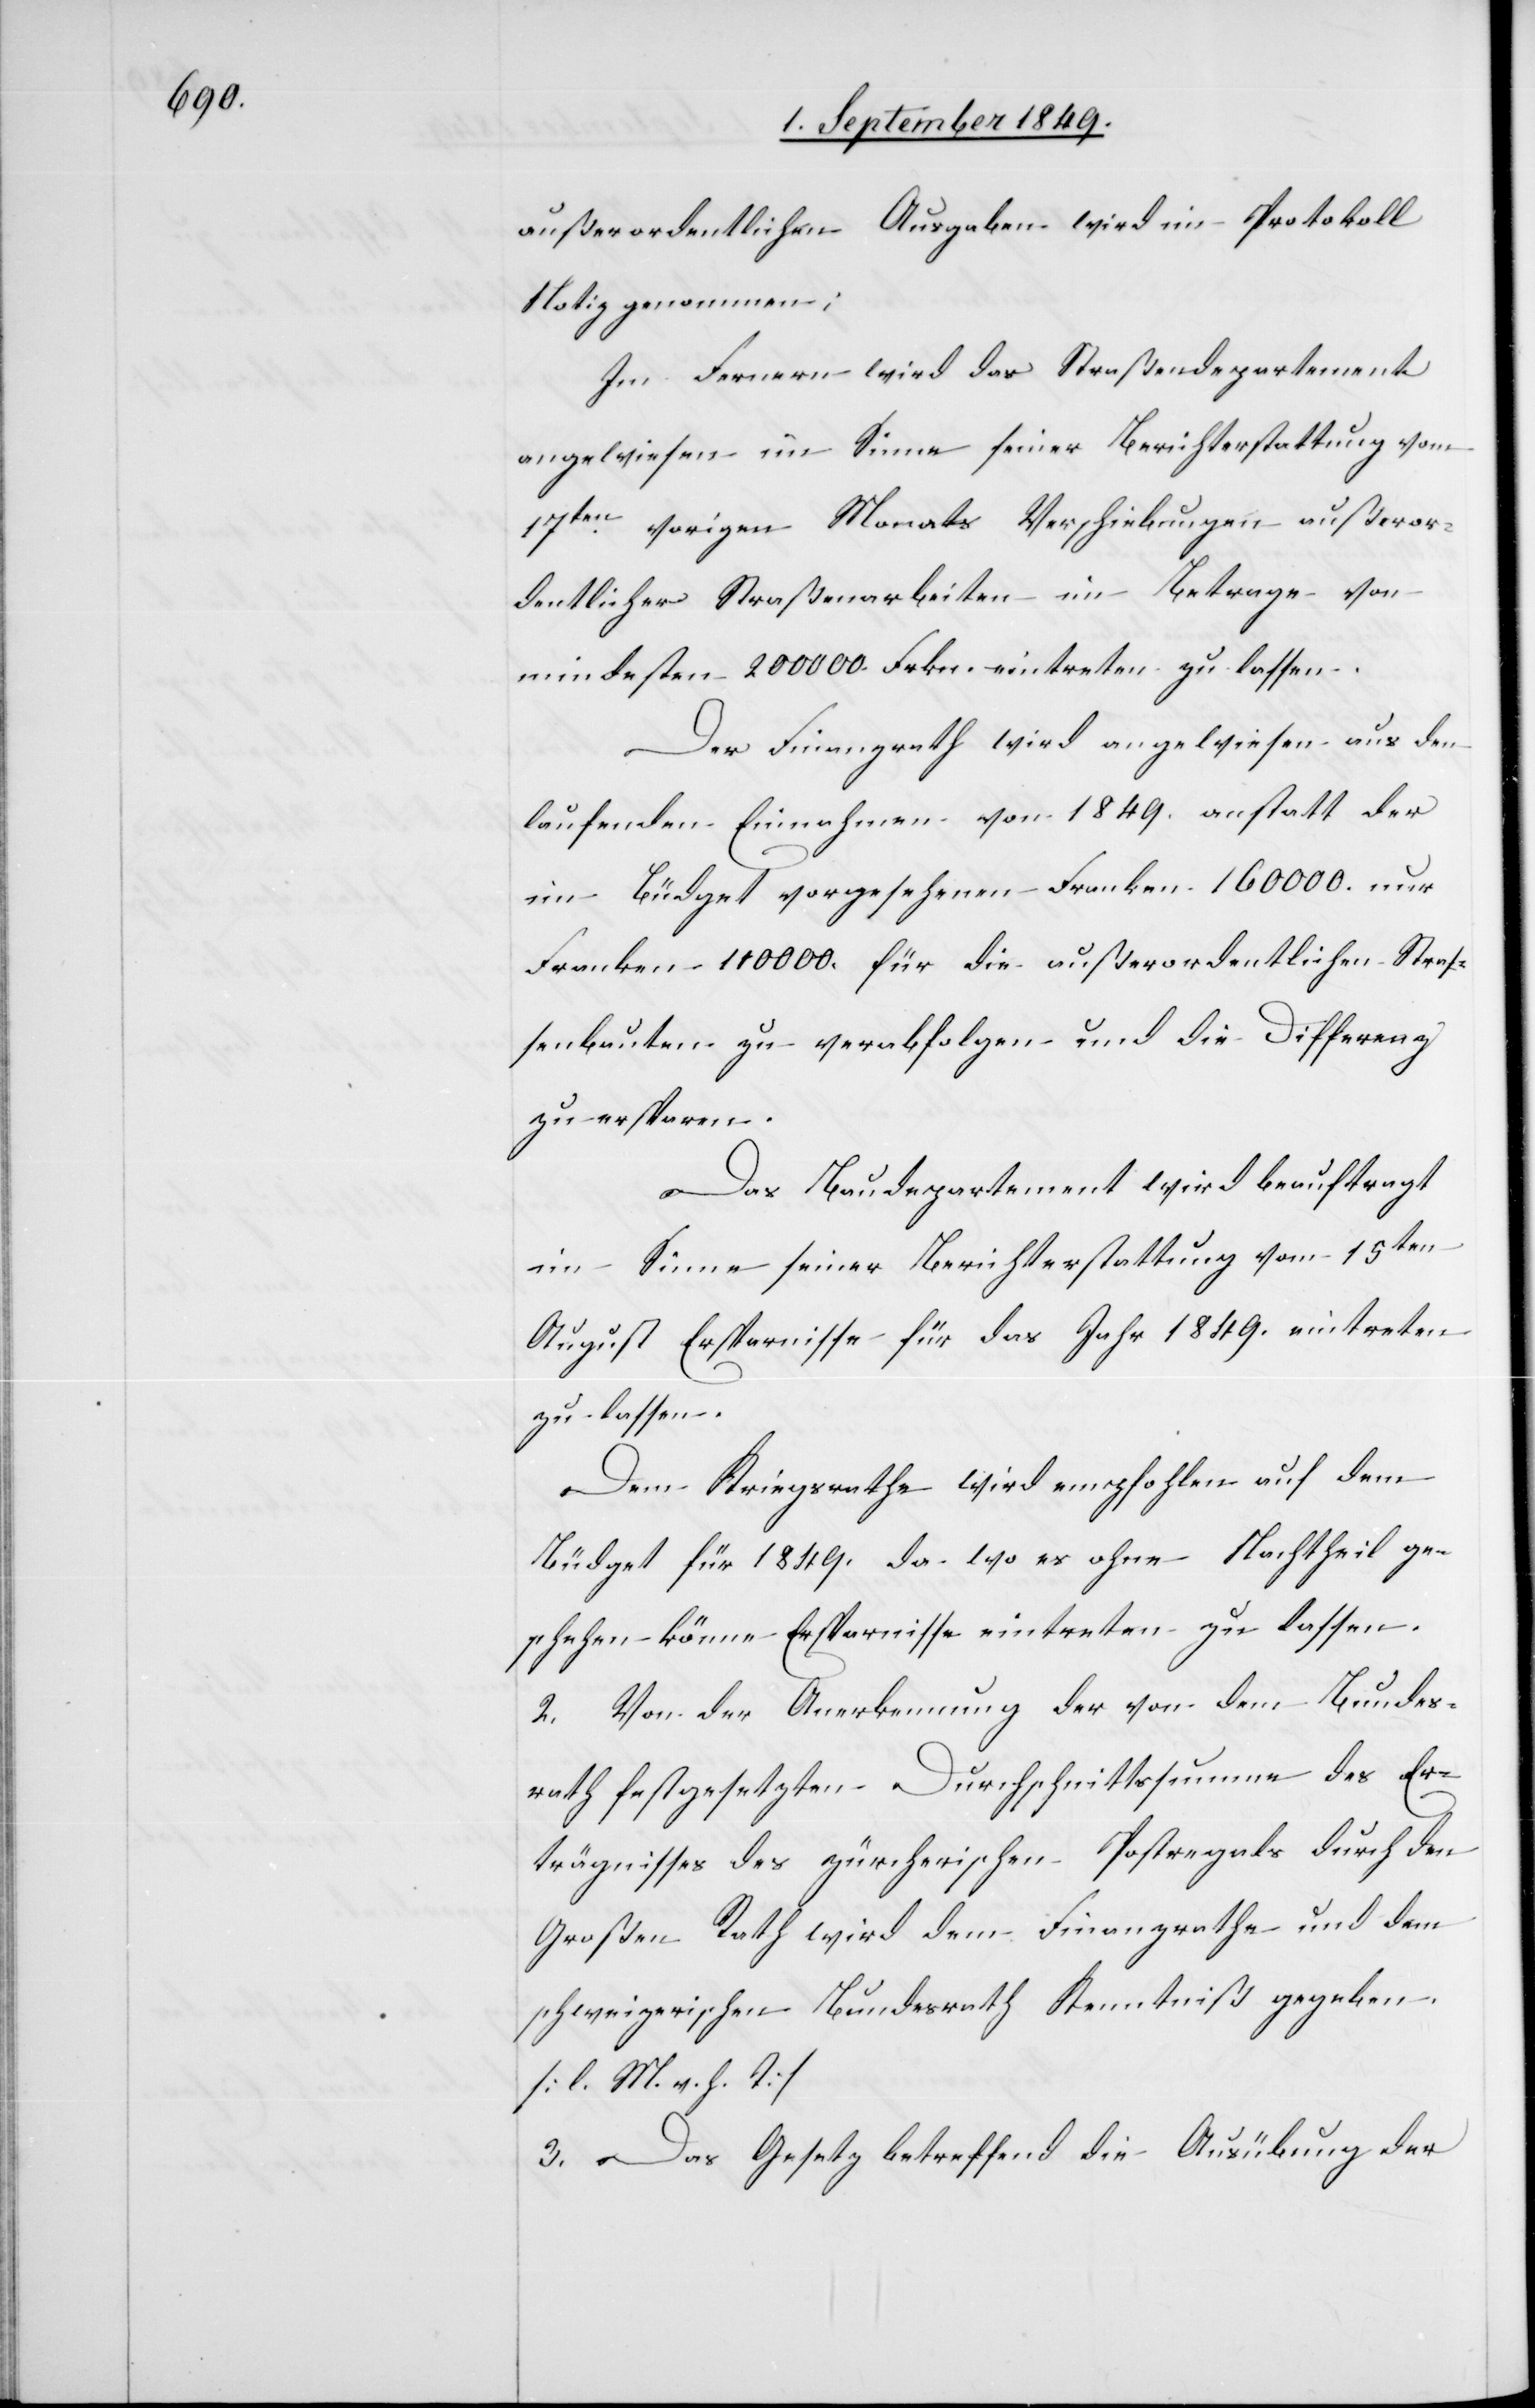
außerordentlichen Ausgaben wird im Protokoll
Notiz genommen;
Im Fernern wird das Straßendepartement
angewiesen im Sinne seiner Berichterstattung vom
17ten vorigen Monats Verschiebungen außeror¬
dentlicher Straßenarbeiten im Betrage von
mindesten 200 000. Frkn. eintreten zu lassen.
Der Finanzrath wird angewiesen aus den
laufenden Einnahmen von 1849. anstatt der
im Büdget vorgesehenen Franken 160 000. nur
Franken 110 000. für die außerordentlichen Stras¬
senbauten zu verabfolgen und die Differenz
zu erstaren.
Das Baudepartement wird beauftragt
im Sinne seiner Berichterstattung vom 15ten
August Ersparnisse für das Jahr 1849. eintreten
zu lassen.
Dem Kriegsrathe wird empfohlen auf dem
Büdget für 1849. da wo es ohne Nachtheil ge¬
schehen könne Ersparnisse eintreten zu lassen.
2. Von der Anerkennung der von dem Bundes¬
rath festgesetzten Durchschnittssumme des Er¬
trägnisses des zürcherischen Postregals durch den
Großen Rath wird dem Finanzrathe und dem
schweizerischen Bundesrath Kenntniß gegeben.
[l. M. h. T]
3. Das Gesetz betreffend die Ausübung der